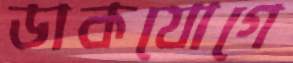
ডাকযোগে